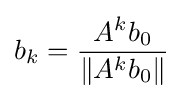
b_{k}={\frac {A^{k}b_{0}}{\|A^{k}b_{0}\|}}